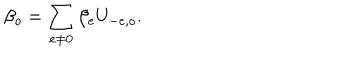
\beta _ { o } = \sum _ { e \neq 0 } \beta _ { e } U _ { - e , o } .